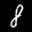
Label: 8